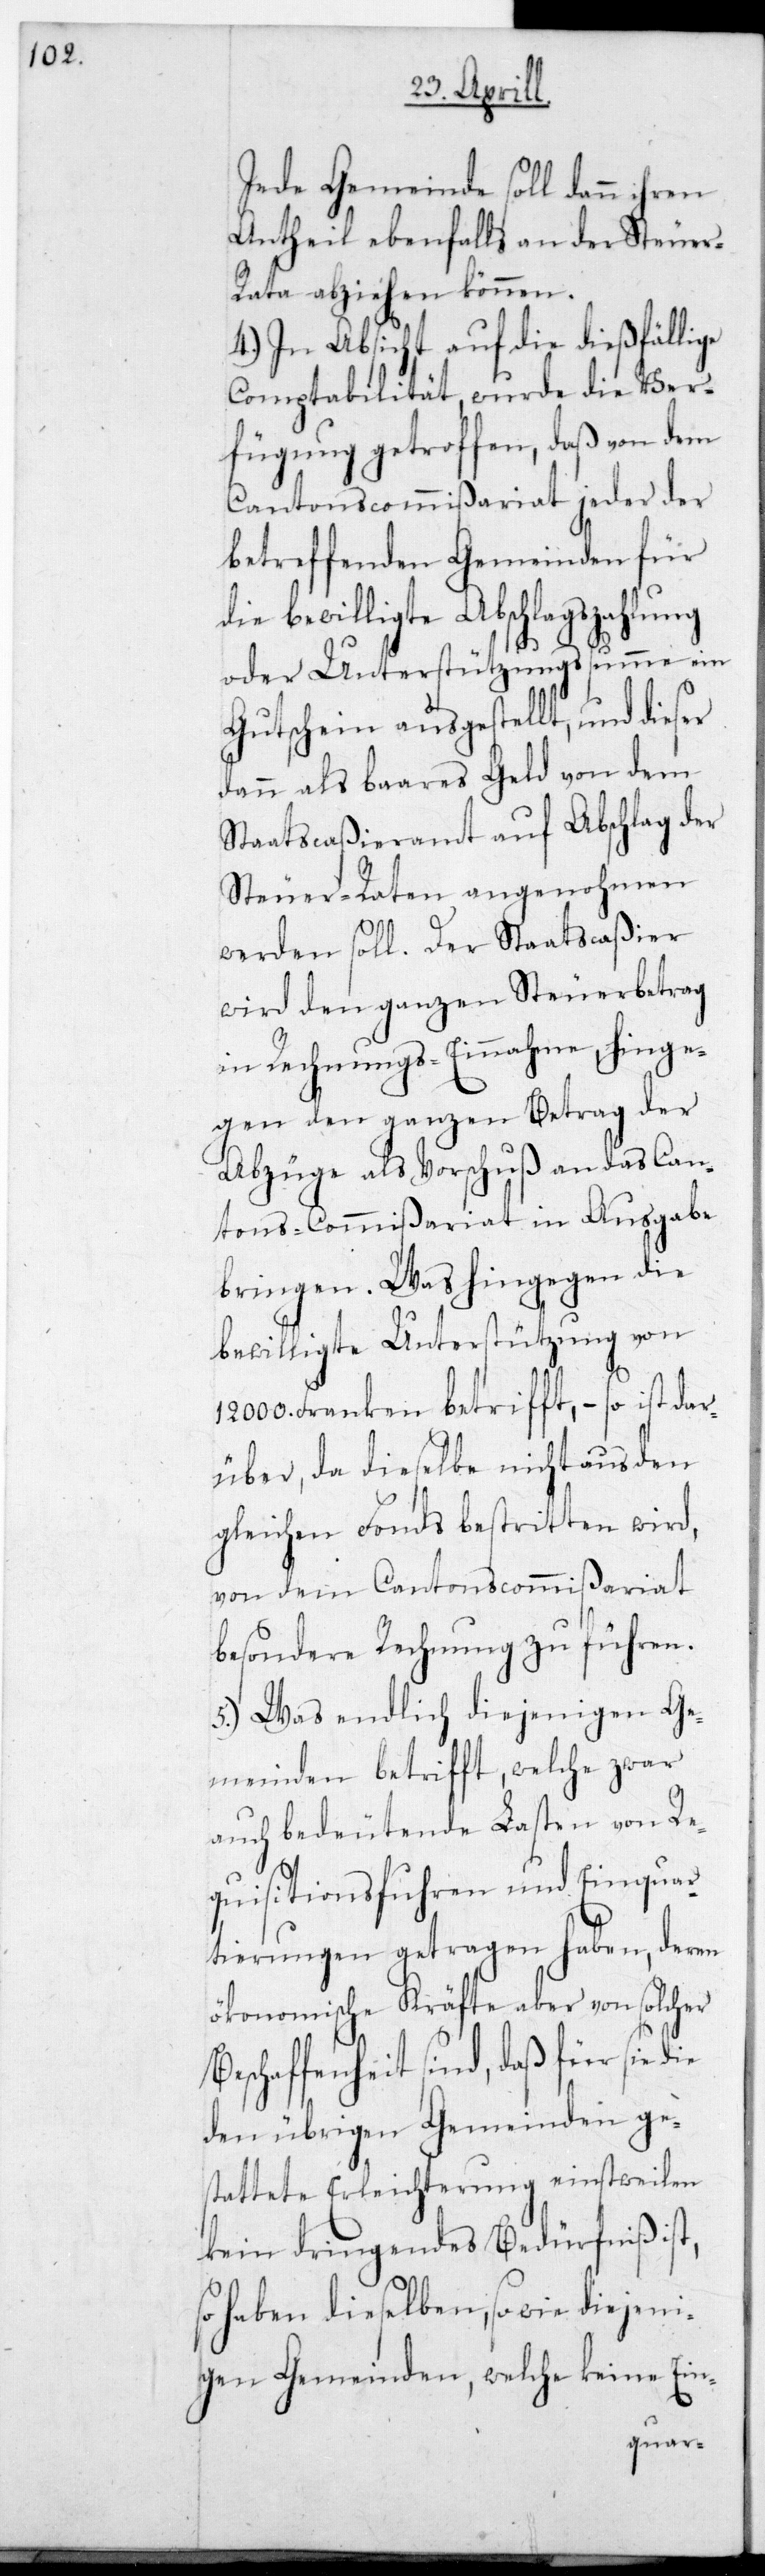
Jede Gemeinde soll dann ihren
Antheil ebenfalls an der Steuer-R¬
ata abziehen können.
4.) In Absicht auf die dießfällige
Comptabilität, wurde die Ver¬
fügung getroffen, daß von dem
CantonsCommißariat jeder der
betreffenden Gemeinden für
die bewilligte Abschlagszahlung
oder Unterstützungssumme ein
Gutschein ausgestellt, und dieser
dann als bares Geld von dem
Staatscaßieramt auf Abschlag der
Steuer-Raten angenohmen
werden soll. Der Staatscaßier
wird den ganzen Steuerbetrag
in Rechnungs-Einnahme, hinge¬
gen den ganzen Betrag der
Abzüge als Vorschuß an das Can¬
tons-Commißariat in Ausgabe
bringen. Was hingegen die
bewilligte Unterstützung von
000. Franken betrifft, – so ist da¬
rüber, da dieselbe nicht aus den
gleichen Fonds bestritten wird,
von dem CantonsCommißariat
besondere Rechnung zu führen.
5.) Was endlich diejenigen Ge¬
meinden betrifft, welche zwar
auch bedeutende Lasten von Re¬
quisitionsfuhren und Einquar¬
tierungen getragen haben, deren
ökonomische Kräfte aber von solcher
Beschaffenheit sind, daß für sie die
den übrigen Gemeinden ge¬
stattete Erleichterung einstweilen
kein dringendes Bedürfniß ist,
so haben dieselben, so wie diejeni¬
gen Gemeinden, welche keine Ein-